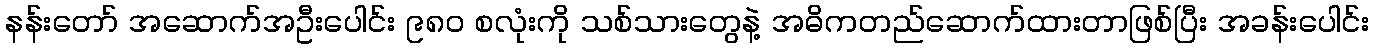
နန်းတော် အဆောက်အဦးပေါင်း ၉၈၀ စလုံးကို သစ်သားတွေနဲ့ အဓိကတည်ဆောက်ထားတာဖြစ်ပြီး အခန်းပေါင်း